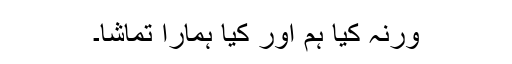
ورنہ کیا ہم اور کیا ہمارا تماشا۔